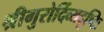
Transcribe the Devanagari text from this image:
श्रीगुरोर्दिव्यदृष्टिः